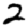
Digit: 2